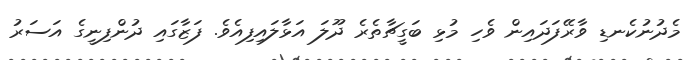
މެދުނުކެނޑި ވާރޭފަދައިން ވެހި މުޅި ބަގީޗާތެރެ ދޫލަ އަޅާލައިފިއެވެ. ފަޒާގައި ދުންފިނީގެ އަސަރު